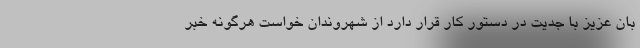
بان عزیز با جدیت در دستور کار قرار دارد از شهروندان خواست هرگونه خبر